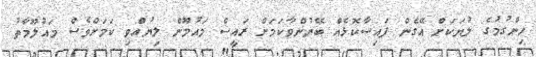
ހިންގުމުގެ ލުޔަކަށް އޭގެން ފައިސާކޮޅެއް ބޭނުންވާކަމަށް ރައީސް މައުމޫން ލިޔުއްވި ކަމަށްވެސް މައުލޫމާތު